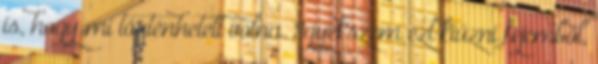
is, hogy mi történhetett volna. Igyekszem ezt kiűzni fejemből,